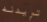
تريدنه